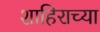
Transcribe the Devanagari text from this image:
शाहिराच्या